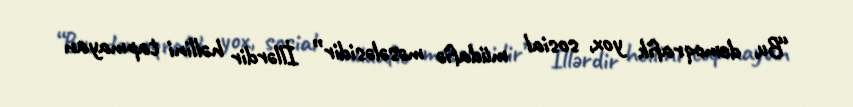
“Bu, demoqrafik yox, sosial müdafiə məsələsidir” İllərdir həllini tapmayan